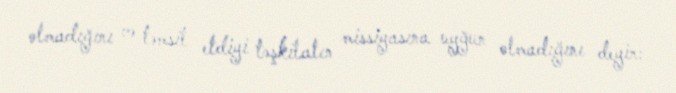
olmadığını və təmsil etdiyi təşkilatın missiyasına uyğun olmadığını deyir: